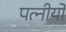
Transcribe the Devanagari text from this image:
पत्नीयों